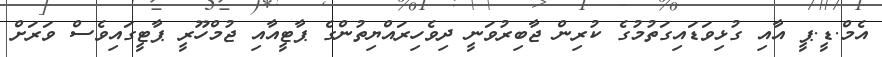
އެމް.ޑީ.ޕީ އާއި ގުޅިވަޑައިގަތުމުގެ ކުރިން ޖާބިރުވަނީ ދިވެހިރައްޔިތުންގެ ޕާޓީއާއި ޖުމްހޫރީ ޕާޓީގައިވެސް ވަރަށް